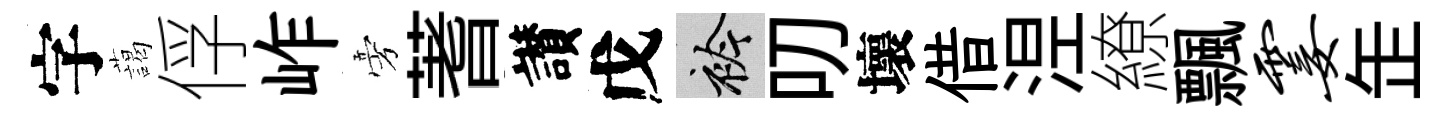
字藹俘岞旁蓍讃戊衿叨壞借𣵀繚飄霎𦈢